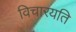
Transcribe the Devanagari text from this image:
विचारयति